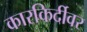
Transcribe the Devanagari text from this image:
कारकिर्दीवर